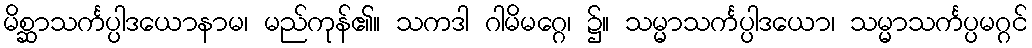
မိစ္ဆာသင်္ကပ္ပါဒယောနာမ၊ မည်ကုန်၏။ သကဒါ ဂါမိမဂ္ဂေ၊ ၌။ သမ္မာသင်္ကပ္ပါဒယော၊ သမ္မာသင်္ကပ္ပမဂ္ဂင်